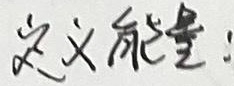
定义能量: